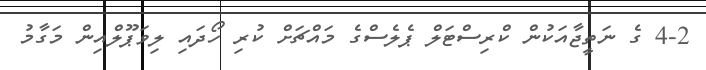
4-2 ގެ ނަތީޖާއަކުން ކްރިސްޓަލް ޕެލެސްގެ މައްޗަށް ކުރި ހޯދައި ލިވަޕޫލްއިން މަގާމު